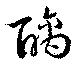
醨